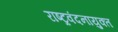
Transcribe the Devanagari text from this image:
राष्ट्रवंदनायुक्त